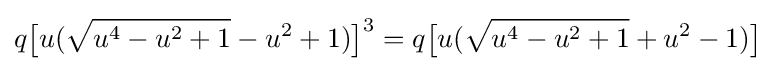
q{\bigl [}u({\sqrt {u^{4}-u^{2}+1}}-u^{2}+1){\bigr ]}^{3}=q{\bigl [}u({\sqrt {u^{4}-u^{2}+1}}+u^{2}-1){\bigr ]}